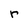
Character: r